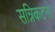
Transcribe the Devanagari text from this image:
सन्निकटनों